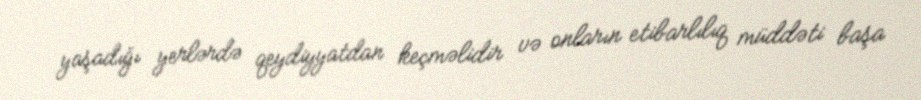
yaşadığı yerlərdə qeydiyyatdan keçməlidir və onların etibarlılıq müddəti başa